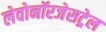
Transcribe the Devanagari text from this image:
लेवोनॉरजेसट्रेल